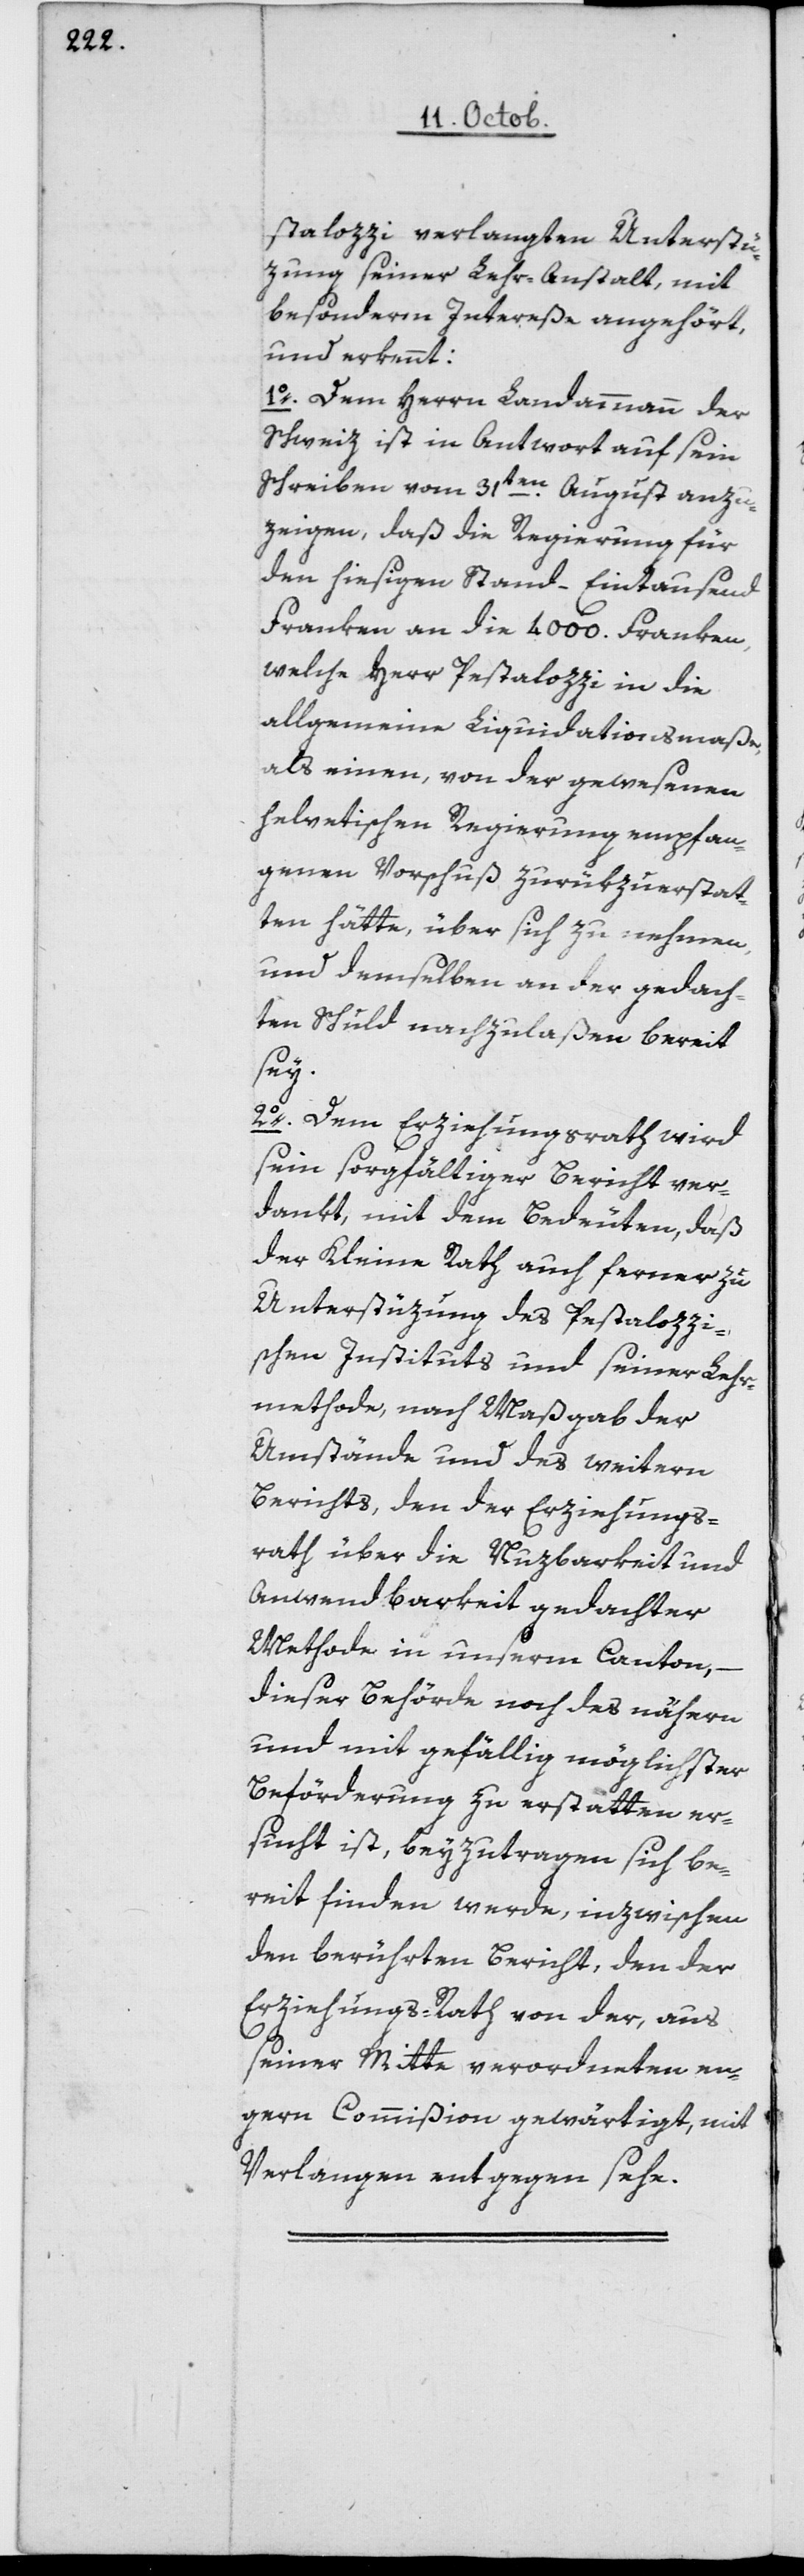
stalozzi verlangten Unterstü¬
zung seiner Lehr-Anstalt, mit
besonderm Intereße angehört
und erkennt:
1o Dem Herrn Landammann der
Schweiz ist in Antwort auf sein
Schreiben vom 31ten August anzu¬
zeigen, daß die Regierung für
den hiesigen Stand – Eintausend
Franken an die 4000 Franken,
welche Herr Pestalozzi in die
allgemeine Liquidationsmaße,
als einen, von der gewesenen
helvetischen Regierung empfan¬
genen Vorschuß zurükzuerstat¬
ten hätte, über sich zu nehmen,
und demselben an der gedach¬
ten Schuld nachzulaßen bereit
sey.
2o Dem Erziehungsrath wird
sein sorgfältiger Bericht ver¬
dankt, mit dem Bedeuten, daß
der Kleine Rath auch ferner zu
Unterstüzung des Petalozzi¬
schen Instituts und seiner Lehr¬
methode, nach Maßgab der
Umstände und des weitern
Berichts, den der Erziehungs¬
rath über die Nuzbarkeit und
Anwendbarkeit gedachter
Methode in unserm Canton, –
dieser Behörde noch des Nähern
und mit gefällig möglichster
Beförderung zu erstatten er¬
sucht ist, beyzutragen sich be¬
reit finden werde, inzwischen
den berührten Bericht, den der
Erziehungsrath von der, aus
seiner Mitte verordneten en¬
gern Commißion gewärtigt, mit
Verlangen entgegen sehe.